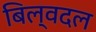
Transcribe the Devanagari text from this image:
बिल्वदल